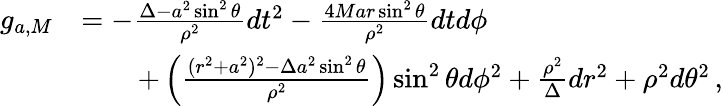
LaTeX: \begin{array}{rl}{g_{a,M}}&{=-\frac{\Delta-a^{2}\sin^{2}\theta}{\rho^{2}}dt^{2}-\frac{4Mar\sin^{2}\theta}{\rho^{2}}dtd\phi}\\ &{\qquad+\left(\frac{(r^{2}+a^{2})^{2}-\Delta a^{2}\sin^{2}\theta}{\rho^{2}}\right)\sin^{2}\theta d\phi^{2}+\frac{\rho^{2}}{\Delta}dr^{2}+\rho^{2}d\theta^{2}\, ,}\end{array}